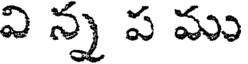
వి న్న ప ము